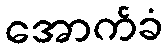
အောက်ခံ